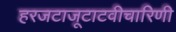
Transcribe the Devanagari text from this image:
हरजटाजूटाटवीचारिणी